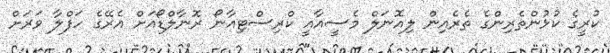
ކުރީގެ ކުޅުންތެރިންގެ ތެރެއިން ލިއޮނަލް މެސީއާއީ ކްރިސްޓިއާނޯ ރޮނާލްޑޯއަށް އެރޭގެ ހަފްލާ ވަރަށް